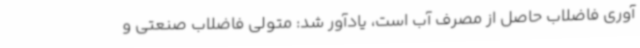
آوری فاضلاب حاصل از مصرف آب است، یادآور شد: متولی فاضلاب صنعتی و